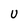
Character: U